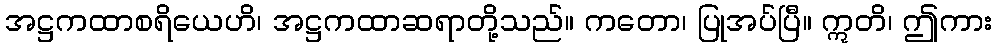
အဋ္ဌကထာစရိယေဟိ၊ အဋ္ဌကထာဆရာတို့သည်။ ကတော၊ ပြုအပ်ပြီ။ ဣတိ၊ ဤကား